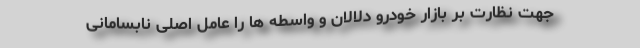
جهت نظارت بر بازار خودرو دلالان و واسطه ها را عامل اصلی نابسامانی